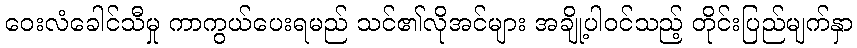
ဝေးလံခေါင်သီမှု ကာကွယ်ပေးရမည် သင်၏လိုအင်များ အချို့ပါဝင်သည့် တိုင်းပြည်မျက်နှာ